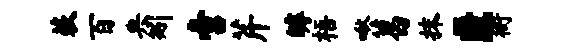
蔌百典矧啻芹罅梧啾葛抹匿衙